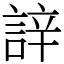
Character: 䛨